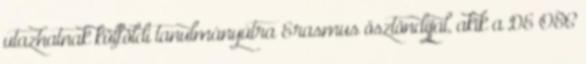
utazhatnak külföldi tanulmányútra Erasmus ösztöndíjjal, akik a DE OEC